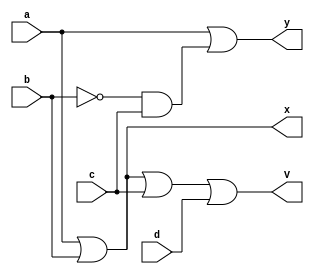
`timescale 1ns / 1ps
//////////////////////////////////////////////////////////////////////////////////
// Company: 
// Engineer: 
// 
// Design Name: 
// Module Name: report2_4_to_3_priority_encoder
// Project Name: 
// Target Devices: 
// Tool Versions: 
// Description: 
// 
// Dependencies: 
// 
// Revision:
// Revision 0.01 - File Created
// Additional Comments:
// 
//////////////////////////////////////////////////////////////////////////////////


module report2_4_to_3_priority_encoder(a, b, c, d, x, y, V);
input a,b,c,d;
output x, y, V;

assign x = a | b;
assign y = a | ((~b)& c);
assign V = a | b | c | d;

endmodule